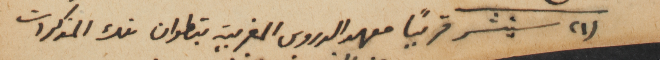
(١)	سينشر قريباً معهد الدروس المغربية بتطوان تلك المذكرات